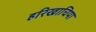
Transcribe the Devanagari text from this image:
हरिखाचिया